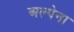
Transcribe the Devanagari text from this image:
अल्पेना